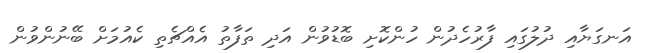
އަނގަޔާއި ދުލުގައި ފާރުހެދުން ހުންކޮށި ބޮޑުވުން އަދި ތަފާތު އެއްޗެތި ކެއުމަށް ބޭނުންވުން